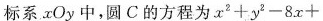
标系xOy中，圆C的方程为$$x ^ { 2 } + y ^ { 2 } - 8 x +